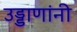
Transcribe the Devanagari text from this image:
उड्डाणांनी